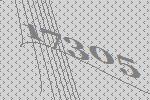
17305